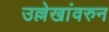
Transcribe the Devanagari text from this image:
उल्लेखांवरुन